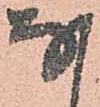
な